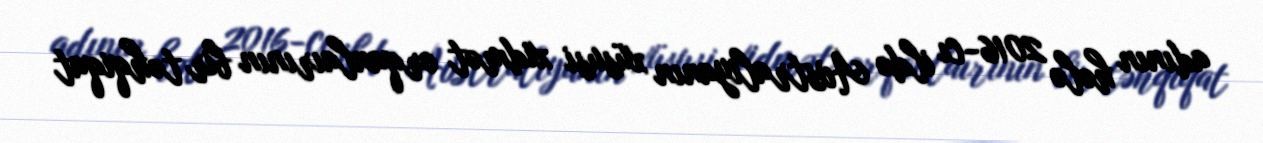
adının hələ 2016-cı ildə Avstraliyanın xüsusi xidmət orqanlaırının bir təhqiqat